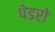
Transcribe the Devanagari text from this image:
पेडरो